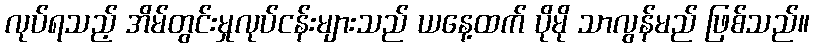
လုပ်ရသည့် အိမ်တွင်းမှုလုပ်ငန်းများသည် ယနေ့ထက် ပိုမို သာလွန်မည် ဖြစ်သည်။